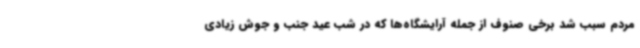
مردم سبب شد برخی صنوف از جمله آرایشگاه‌ها که در شب عید جنب و جوش زیادی